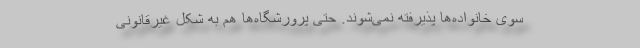
سوی خانواده‌ها پذیرفته نمی‌شوند. حتی پرورشگاه‌ها هم به شکل غیرقانونی